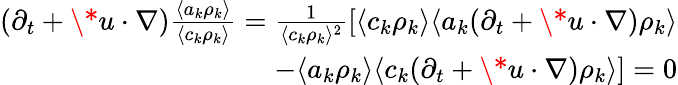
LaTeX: \begin{array}{r}{(\partial_{t}+\* u\cdot\nabla)\frac{\langle a_{k}\rho_{k}\rangle}{\langle c_{k}\rho_{k}\rangle}=\frac{1}{\langle c_{k}\rho_{k}\rangle^{2}}[\langle c_{k}\rho_{k}\rangle\langle a_{k}(\partial_{t}+\* u\cdot\nabla)\rho_{k}\rangle}\\ {-\langle a_{k}\rho_{k}\rangle\langle c_{k}(\partial_{t}+\* u\cdot\nabla)\rho_{k}\rangle]=0}\end{array}